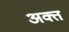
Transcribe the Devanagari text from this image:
अक्त